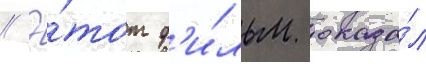
// Э́тот ф'и́льм оказа́л